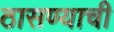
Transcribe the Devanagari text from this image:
ठासण्याची